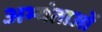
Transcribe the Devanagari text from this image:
अभ्यंताओं